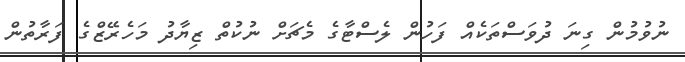
ނުވުމުން ގިނަ ދުވަސްތަކެއް ފަހުން ލެސްޓާގެ މެޗަށް ނުކުތް ޒިޔާދު މަހެރޭޒްގެ ފަރާތުން